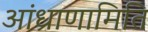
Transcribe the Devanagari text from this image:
आंध्राणामिति